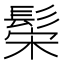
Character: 𬴪